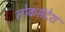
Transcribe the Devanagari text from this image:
लोकसंदेश